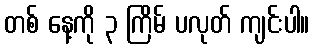
တစ် နေ့ကို ၃ ကြိမ် ပလုတ် ကျင်းပါ။